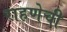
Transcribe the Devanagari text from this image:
राहणेची